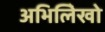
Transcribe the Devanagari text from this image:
अभिलिेखो